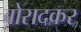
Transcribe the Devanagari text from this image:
बोरादकर